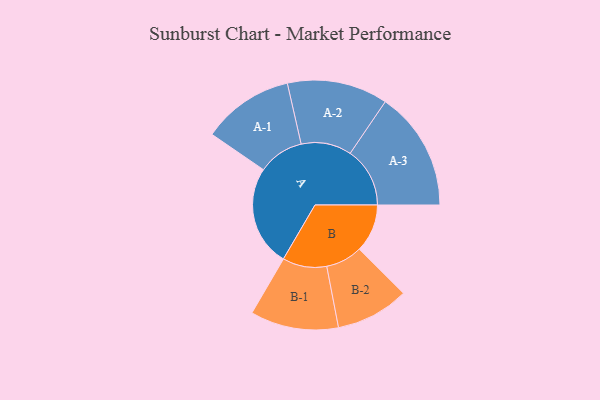
{"axis": {"x": "Segment", "y": "Value"}, "legend": ["", "A", "B"], "data": [{"x": "A", "y": 484, "type": ""}, {"x": "B", "y": 231, "type": ""}, {"x": "A-1", "y": 220, "type": "A"}, {"x": "A-2", "y": 242, "type": "A"}, {"x": "A-3", "y": 287, "type": "A"}, {"x": "B-1", "y": 212, "type": "B"}, {"x": "B-2", "y": 176, "type": "B"}]}